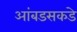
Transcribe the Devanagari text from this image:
आंबडसकडे